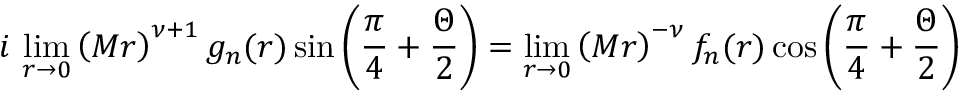
i \, \operatorname * { l i m } _ { r \rightarrow 0 } \left( M r \right) ^ { \nu + 1 } g _ { n } ( r ) \sin \left( \frac { \pi } { 4 } + \frac { \Theta } { 2 } \right) = \operatorname * { l i m } _ { r \rightarrow 0 } \left( M r \right) ^ { - \nu } f _ { n } ( r ) \cos \left( \frac { \pi } { 4 } + \frac { \Theta } { 2 } \right)